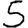
Digit: 5